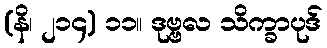
(နိ၊ ၂၁၄) ၁၁။ ဒုဗ္ဗလ သိက္ခာပုဒ်